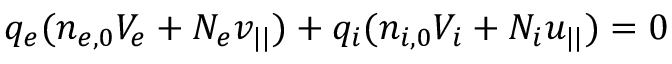
q _ { e } ( n _ { e , 0 } V _ { e } + N _ { e } v _ { | | } ) + q _ { i } ( n _ { i , 0 } V _ { i } + N _ { i } u _ { | | } ) = 0